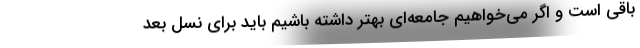
باقی است و اگر می‌خواهیم جامعه‌ای بهتر داشته باشیم باید برای نسل بعد